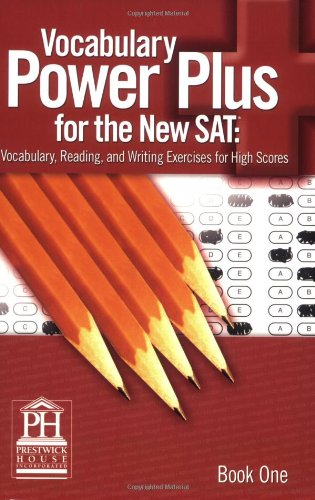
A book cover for Vocabulary Power Plus for the New SAT, Book 1; Daniel A. Reed; Teen & Young Adult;